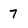
Character: 7